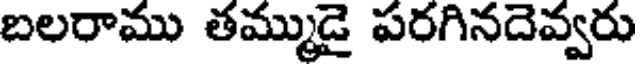
బలరాము తమ్ముడై పరగినదెవ్వరు